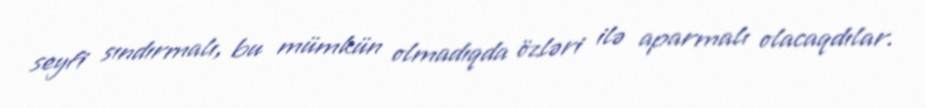
seyfi sındırmalı, bu mümkün olmadıqda özləri ilə aparmalı olacaqdılar.